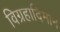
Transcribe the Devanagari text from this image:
विग्रहादिमान